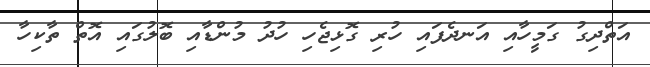
އަތްދިގު ގަމީހާއި އަނދެފައި ހުރި ގޮޅިޖެހި ހުދު މުންޑާއި ބޮލުގައި އޮތް ތާކިހާ